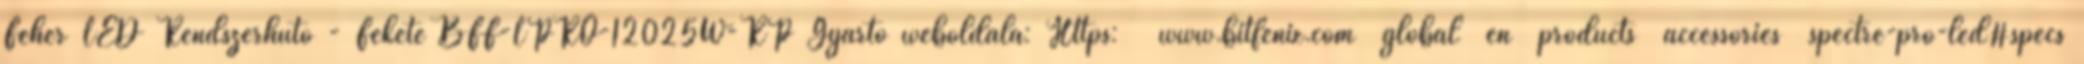
Fehér LED Rendszerhűtő - Fekete BFF-LPRO-12025W-RP Gyártó weboldala: Https: www.bitfenix.com global en products accessories spectre-pro-led#specs